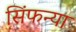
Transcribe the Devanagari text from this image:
सिंफन्या